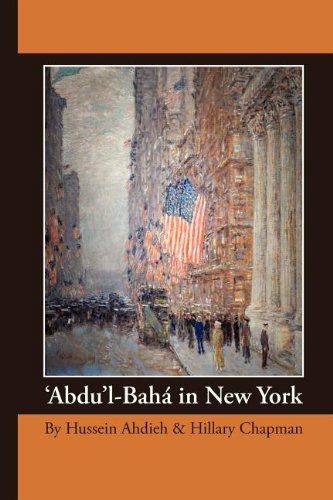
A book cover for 'Abdu'l-BahÃ¡ in New York; Hussein Ahdieh; Religion & Spirituality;